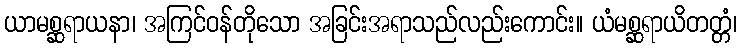
ယာမစ္ဆရာယနာ၊ အကြင်ဝန်တိုသော အခြင်းအရာသည်လည်းကောင်း။ ယံမစ္ဆရာယိတတ္တံ၊